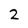
Character: 2